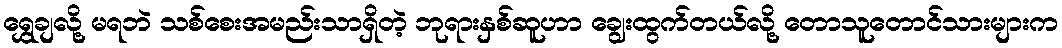
ရွှေချလို့ မရဘဲ သစ်စေးအမည်းသာရှိတဲ့ ဘုရားနှစ်ဆူဟာ ချွေးထွက်တယ်လို့ တောသူတောင်သားများက